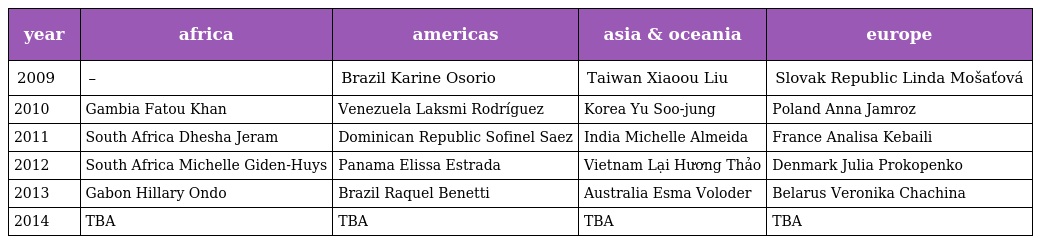
| year | africa | americas | asia & oceania | europe |
 | --- | --- | --- | --- | --- |
 | 2009 | – | Brazil Karine Osorio | Taiwan Xiaoou Liu | Slovak Republic Linda Mošaťová |
 | 2010 | Gambia Fatou Khan | Venezuela Laksmi Rodríguez | Korea Yu Soo-jung | Poland Anna Jamroz |
 | 2011 | South Africa Dhesha Jeram | Dominican Republic Sofinel Saez | India Michelle Almeida | France Analisa Kebaili |
 | 2012 | South Africa Michelle Giden-Huys | Panama Elissa Estrada | Vietnam Lại Hương Thảo | Denmark Julia Prokopenko |
 | 2013 | Gabon Hillary Ondo | Brazil Raquel Benetti | Australia Esma Voloder | Belarus Veronika Chachina |
 | 2014 | TBA | TBA | TBA | TBA |